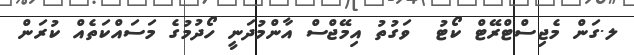
ލ.ގަން މެޖިސްޓްރޭޓް ކޯޓު  ވަގުތު އިމޭޖްސް އާންމުދަނީ ހޯދުމުގެ މަސައްކަތެއް ކުރަން